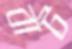
বাট